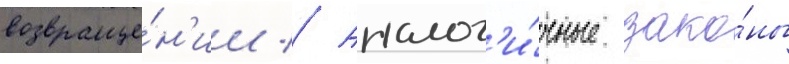
возвраще́н'ии // Аналог'и́чные зако́ны